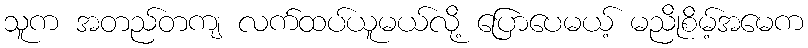
သူက အတည်တကျ လက်ထပ်ယူမယ်လို့ ပြောပေမယ့် မညိုစိမ့်အမေက